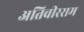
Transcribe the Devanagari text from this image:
अतिवीरराम